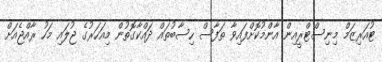
ޓުއަރިޒަމް މިނިސްޓްރީއިން އާންމުކޮށްފައިވާ ތަފާސް ހިސާބުތައް ދައްކާގޮތުން މިއަހަރުގެ ޖުލައި މަހު ރާއްޖެއަށް